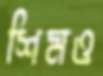
শিমও